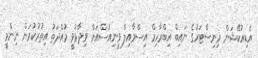
އެޑިއުކޭޝަން މިނިސްޓަރުގެ ނައިބް އިބްރާހިމް އިސްމާއިލް ވީނިއުސްއަށް ވިދާޅުވީ މުއްދަތު އިތުރުކުރަން ނިންމީ